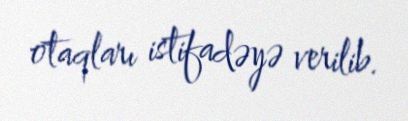
otaqları istifadəyə verilib.